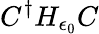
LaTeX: C^{\dagger}H_{\epsilon_{0}}C